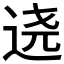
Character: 𰺷